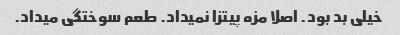
خیلی بد بود. اصلا مزه پیتزا نمیداد. طعم سوختگی میداد.